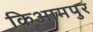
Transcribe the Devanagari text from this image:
किआमपुर